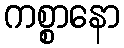
ကစ္စာနော